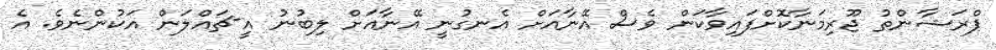
ޕްރަޝާންތު ޖޫރިމަނާކޮށްފައިވާކަން ވެސް އޭނާއަށް އެނގުނީ އޭނާއަށް ލިބުނު އީ-ޗައްލަން އަކުންނެވެ. އެ